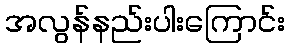
အလွန်နည်းပါးကြောင်း